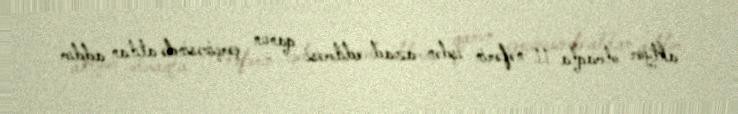
aktyor olmaqla 11 nəfərin işdən azad edilməsi qanun çərçivəsində atılan addım